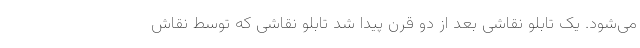
می‌شود. یک تابلو نقاشی بعد از دو قرن پیدا شد تابلو نقاشی که توسط نقاش